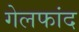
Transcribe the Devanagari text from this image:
गेलफांद